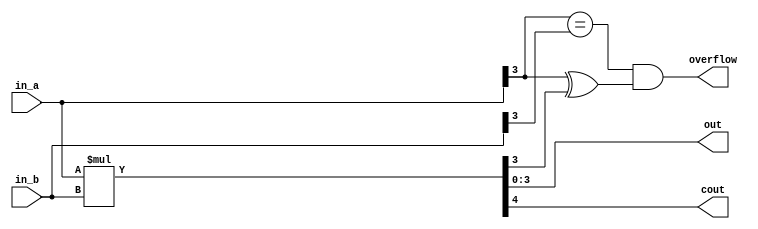
module MULTIPLIER_N_BIT(out, cout, overflow, in_a, in_b);
	parameter size = 4;
	localparam MSB = size - 1;

	input [size-1:0] in_a, in_b;
	output[size-1:0] out;
	output cout, overflow;

	wire[size-1:0] out;
	wire cout, overflow;


	assign {cout, out} = in_a*in_b;
	// msb of inputs are the same and different from result bit
	assign overflow = (in_a[MSB] == in_b[MSB]) & (in_a[MSB] ^ out[MSB]);

endmodule